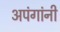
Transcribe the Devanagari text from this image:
अपंगांनी